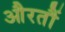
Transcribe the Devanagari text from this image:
औरतौं